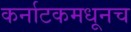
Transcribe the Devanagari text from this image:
कर्नाटकमधूनच